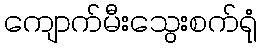
ကျောက်မီးသွေးစက်ရုံ